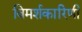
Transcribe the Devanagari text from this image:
विमर्शकारिणी